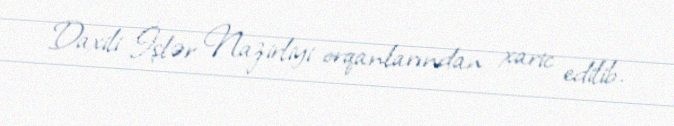
Daxili İşlər Nazirliyi orqanlarından xaric edilib.